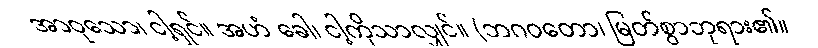
အာဝုသော၊ ငါ့ရှင်။ အဟံ ခေါ၊ ငါ့ကိုသာလျှင်။ (ဘဂဝတော၊ မြတ်စွာဘုရား၏။